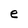
Character: e